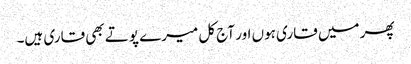
پھر میں قاری ہوں اور آج کل میرے پوتے بھی قاری ہیں۔